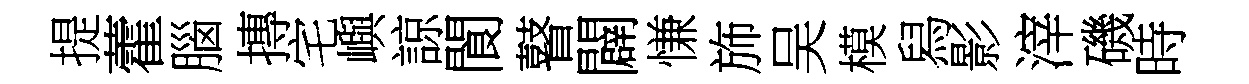
提藿腦摶宅嶼諒閬瞽闢慊斾吴模舄影滓磯時